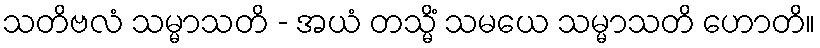
သတိဗလံ သမ္မာသတိ - အယံ တသ္မိံ သမယေ သမ္မာသတိ ဟောတိ။